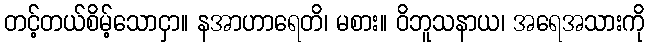
တင့်တယ်စိမ့်သောငှာ။ နအာဟာရေတိ၊ မစား။ ဝိဘူသနာယ၊ အရေအသားကို